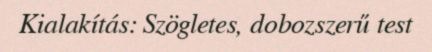
Kialakítás: Szögletes, dobozszerű test